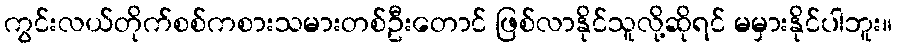
ကွင်းလယ်တိုက်စစ်ကစားသမားတစ်ဦးတောင် ဖြစ်လာနိုင်သူလို့ဆိုရင် မမှားနိုင်ပါဘူး။